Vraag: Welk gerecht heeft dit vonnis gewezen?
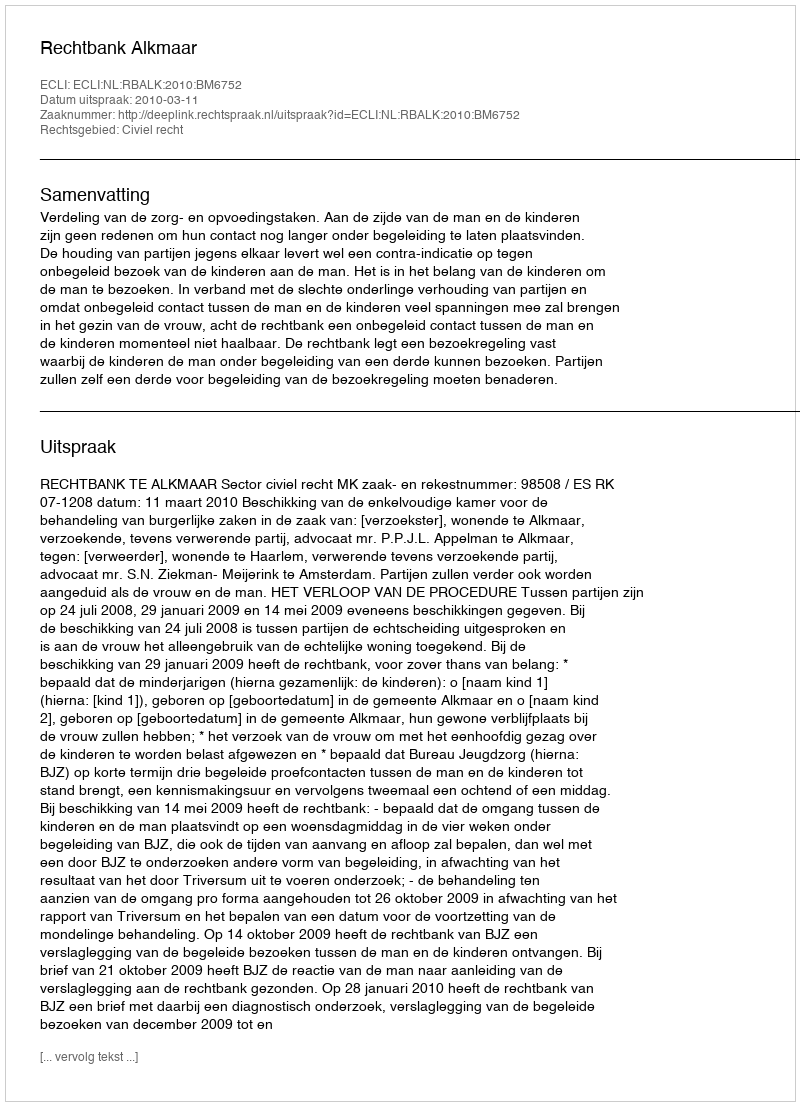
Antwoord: Rechtbank Alkmaar